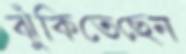
ঝুঁকিতেছেন